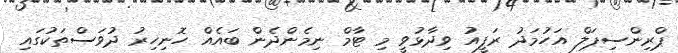
ޕްރިންސިޕަލް އަހުމަދު ރަފީއު ވިދާޅުވީ މި ޓާމް ނިމެންދެން ބައެއް ހޮނިހިރު ދުވަސްތަކުގައި